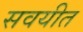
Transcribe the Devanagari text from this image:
सवयीत